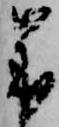
歳